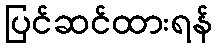
ပြင်ဆင်ထားရန်